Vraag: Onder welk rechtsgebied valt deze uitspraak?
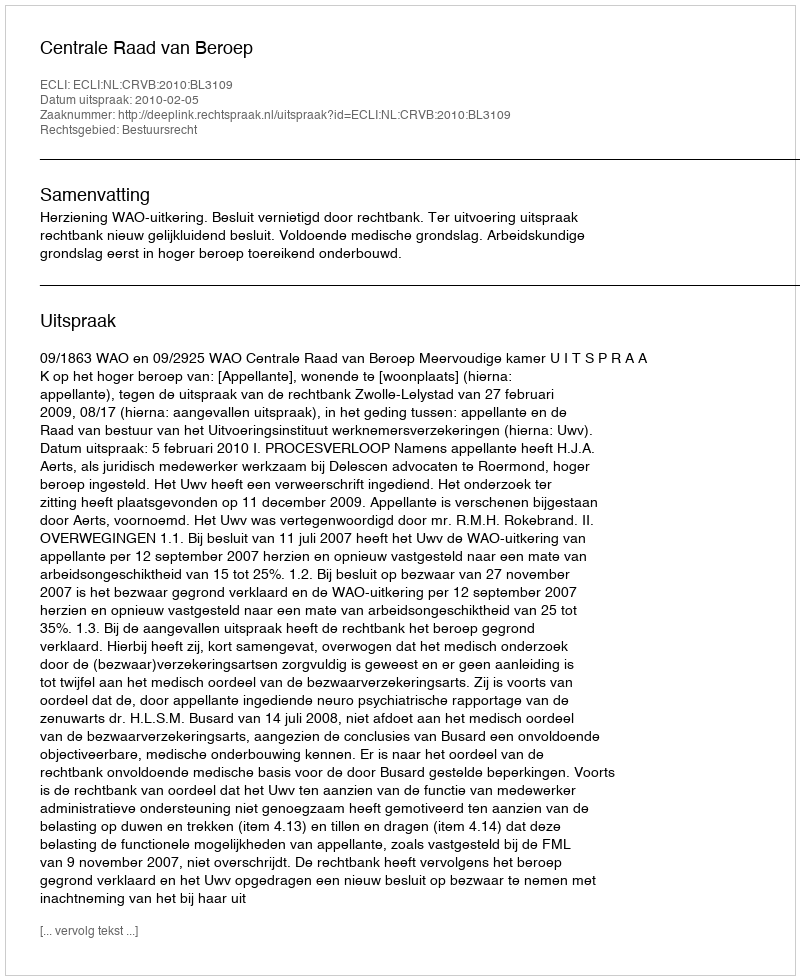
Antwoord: Bestuursrecht